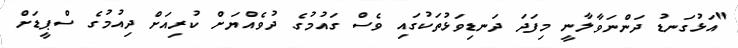
"އަޅުގަނޑު ދަންނަވާލާނީ މިފަދަ ދަނޑިވަޅުތަކުގައި ވެސް ގައުމުގެ ދުވެއްޔަށް ކުރިއަށް ދިއުމުގެ ސްޕީޑަށް